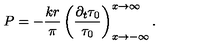
P = - \frac { k r } { \pi } \left( \frac { \partial _ { t } \tau _ { 0 } } { \tau _ { 0 } } \right) _ { x \rightarrow - \infty } ^ { x \rightarrow \infty } .